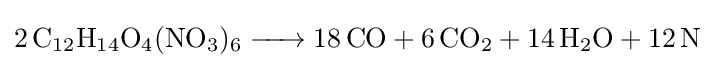
{\ce {2C12H14O4(NO3)6 -> 18CO + 6CO2 + 14H2O + 12N}}